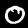
Label: 0